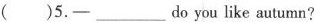
( )5.-___do youlike autumn?